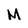
Character: M